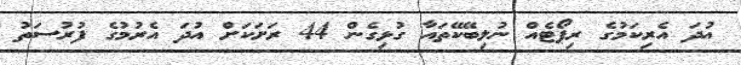
އުދަ އެރިކަމުގެ ރިޕޯޓެއް ނުލިބޭކޭތައާ ގުޅިގެން 44 ރަށަކަށް އުދަ އެރުމުގެ ފުރުސަތު